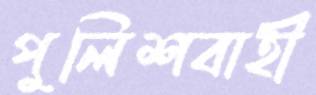
পুলিশবাহী